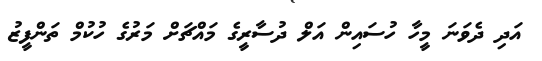
އަދި ދެވަނަ މީހާ ހުސައިން އަލް ދުސާރީގެ މައްޗަށް މަރުގެ ހުކުމް ތަންފީޒު